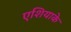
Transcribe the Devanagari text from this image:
एशियाके